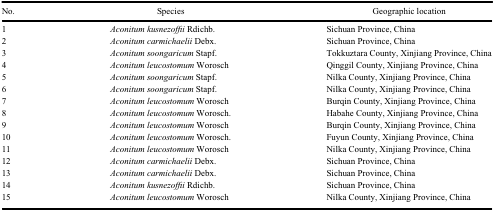
<table><thead><tr><td><b>No.</b></td><td><b>Species</b></td><td><b>Geographic location</b></td></tr></thead><tbody><tr><td>1</td><td><i>Aconitum kusnezoffii</i> Rdichb.</td><td>Sichuan Province, China</td></tr><tr><td>2</td><td><i>Aconitum carmichaelii</i> Debx.</td><td>Sichuan Province, China</td></tr><tr><td>3</td><td><i>Aconitum soongaricum</i> Stapf.</td><td>Tokkuztara County, Xinjiang Province, China</td></tr><tr><td>4</td><td><i>Aconitum leucostomum</i> Worosch</td><td>Qinggil County, Xinjiang Province, China</td></tr><tr><td>5</td><td><i>Aconitum soongaricum</i> Stapf.</td><td>Nilka County, Xinjiang Province, China</td></tr><tr><td>6</td><td><i>Aconitum soongaricum</i> Stapf.</td><td>Nilka County, Xinjiang Province, China</td></tr><tr><td>7</td><td><i>Aconitum leucostomum</i> Worosch</td><td>Burqin County, Xinjiang Province, China</td></tr><tr><td>8</td><td><i>Aconitum leucostomum</i> Worosch.</td><td>Habahe County, Xinjiang Province, China</td></tr><tr><td>9</td><td><i>Aconitum leucostomum</i> Worosch</td><td>Burqin County, Xinjiang Province, China</td></tr><tr><td>10</td><td><i>Aconitum leucostomum</i> Worosch.</td><td>Fuyun County, Xinjiang Province, China</td></tr><tr><td>11</td><td><i>Aconitum leucostomum</i> Worosch</td><td>Nilka County, Xinjiang Province, China</td></tr><tr><td>12</td><td><i>Aconitum carmichaelii</i> Debx.</td><td>Sichuan Province, China</td></tr><tr><td>13</td><td><i>Aconitum carmichaelii</i> Debx.</td><td>Sichuan Province, China</td></tr><tr><td>14</td><td><i>Aconitum kusnezoffii</i> Rdichb.</td><td>Sichuan Province, China</td></tr><tr><td>15</td><td><i>Aconitum leucostomum</i> Worosch</td><td>Nilka County, Xinjiang Province, China</td></tr></tbody></table>